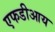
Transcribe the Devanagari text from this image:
एफडीआय